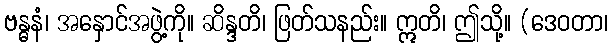
ဗန္ဓနံ၊ အနှောင်အဖွဲ့ကို။ ဆိန္ဒတိ၊ ဖြတ်သနည်း။ ဣတိ၊ ဤသို့။ (ဒေဝတာ၊